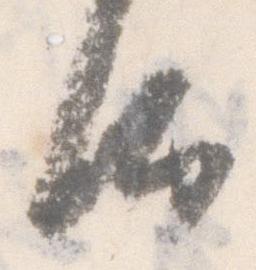
汰